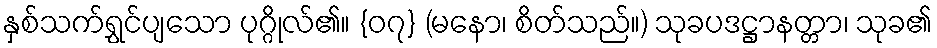
နှစ်သက်ရွှင်ပျသော ပုဂ္ဂိုလ်၏။ {၀၇} (မနော၊ စိတ်သည်။) သုခပဒဋ္ဌာနတ္တာ၊ သုခ၏